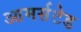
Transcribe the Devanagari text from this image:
आमर्सटेड